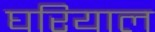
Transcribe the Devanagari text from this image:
घरियाल